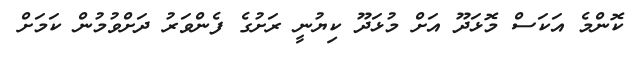
ކޮންމެ އަކަސް މޮޅަދޫ އަށް މުޅަދޫ ކިޔުނީ ރަށުގެ ފެންވަރު ދަށްވުމުން ކަމަށް